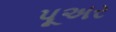
પૂઅર